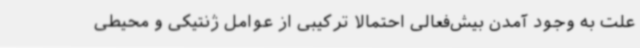
علت به وجود آمدن بیش‌فعالی احتمالاً ترکیبی از عوامل ژنتیکی و محیطی